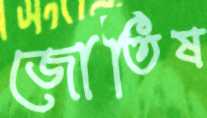
জোতিষ